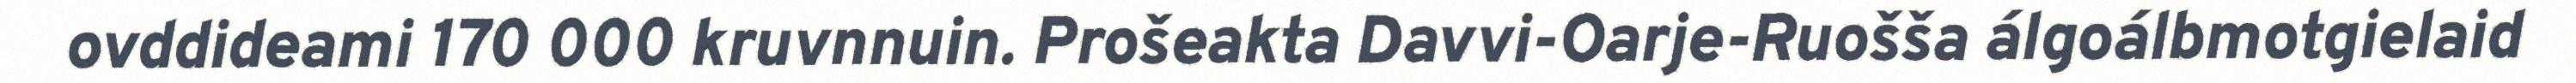
ovddideami 170 000 kruvnnuin. Prošeakta Davvi-Oarje-Ruošša álgoálbmotgielaid